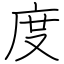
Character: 度